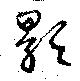
顥